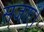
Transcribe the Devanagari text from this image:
सजाएँ।